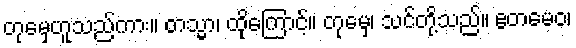
တုမှေဟူသည်ကား။ တသ္မာ၊ ထိုကြောင့်။ တုမှေ၊ သင်တို့သည်။ ဧတမေဝ၊